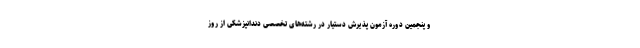
و پنجمین دوره آزمون پذیرش دستیار در رشته‌های تخصصی دندانپزشکی از روز